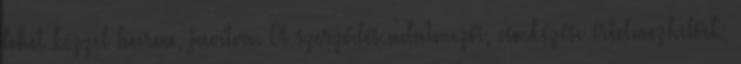
lehet kézzel beírva, javítva. A szerződés adatmezői, címkézése értelmezhetőek,